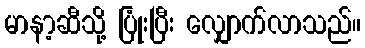
မာနာ့ဆီသို့ ပြုံးပြီး လျှောက်လာသည်။